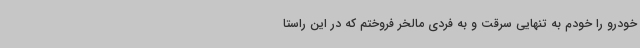
خودرو را خودم به تنهایی سرقت و به فردی مالخر فروختم که در این راستا